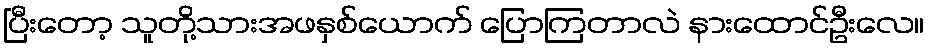
ပြီးတော့ သူတို့သားအဖနှစ်ယောက် ပြောကြတာလဲ နားထောင်ဦးလေ။